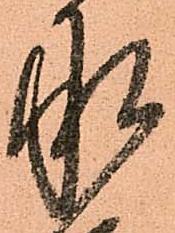
承